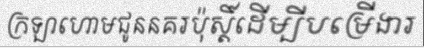
ក្រឡាហោមជូននគរប៉ុស្តិ៍ដើម្បីបម្រើងារ